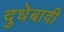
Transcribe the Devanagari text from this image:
दुधेबावी